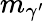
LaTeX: m_{\gamma^{\prime}}